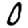
Digit: 0